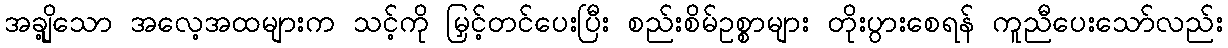
အချို့သော အလေ့အထများက သင့်ကို မြှင့်တင်ပေးပြီး စည်းစိမ်ဥစ္စာများ တိုးပွားစေရန် ကူညီပေးသော်လည်း